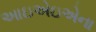
આઇએઇએના